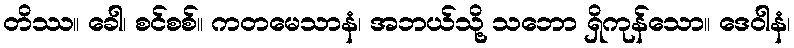
တိဿ။ ခေါ၊ စင်စစ်။ ကတမေသာနံ၊ အဘယ်သို့ သဘော ရှိကုန်သော။ ဒေဝါနံ၊